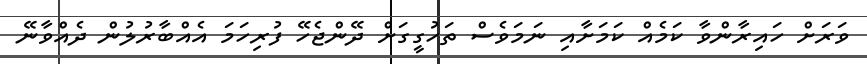
ވަރަށް ހައިރާންވާ ކަމެއް ކަމަށާއި ނަމަވެސް ތަހުގީގަށް ދޭންޖެހޭ ފުރިހަމަ އެއްބާރުލުން ދެއްވާނޭ